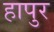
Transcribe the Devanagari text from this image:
हापुर